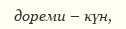
дореми – күн,